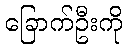
ခြောက်ဦးကို